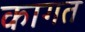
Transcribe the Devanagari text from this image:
कागत